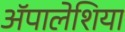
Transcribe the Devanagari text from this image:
ॲपालेशिया